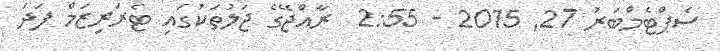
ސެޕްޓެމްބަރު 27